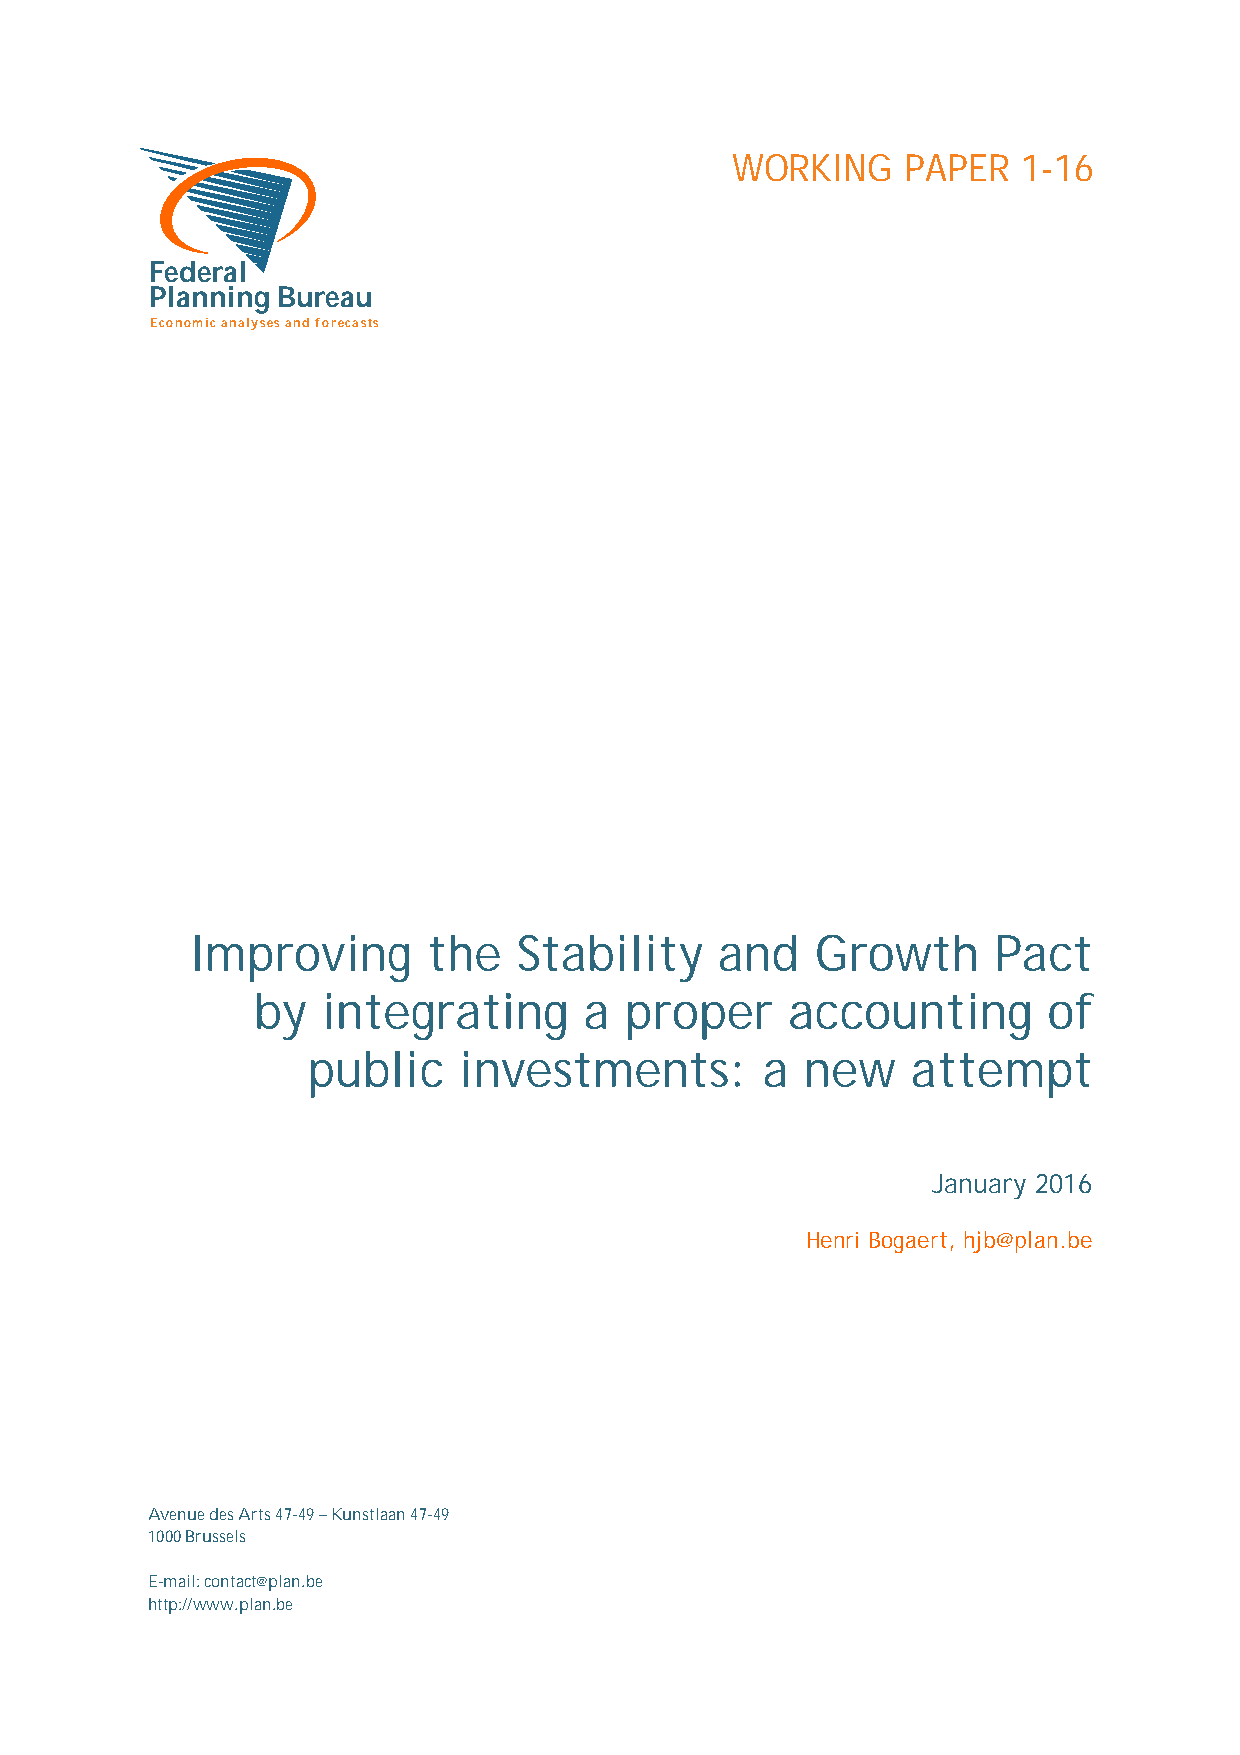
WORKING     PAPER   1-16
 Federal
 Planning Bureau
 Economic analyses and forecasts
 Improving      the   Stability    and    Growth      Pact
 by  integrating       a proper     accounting       of
 public    investments:        a  new    attempt
 January 2016
 Henri Bogaert, hjb@plan.be
 Avenue des Arts 47-49 – Kunstlaan 47-49
 1000 Brussels
 E-mail: contact@plan.be
 http://www.plan.be